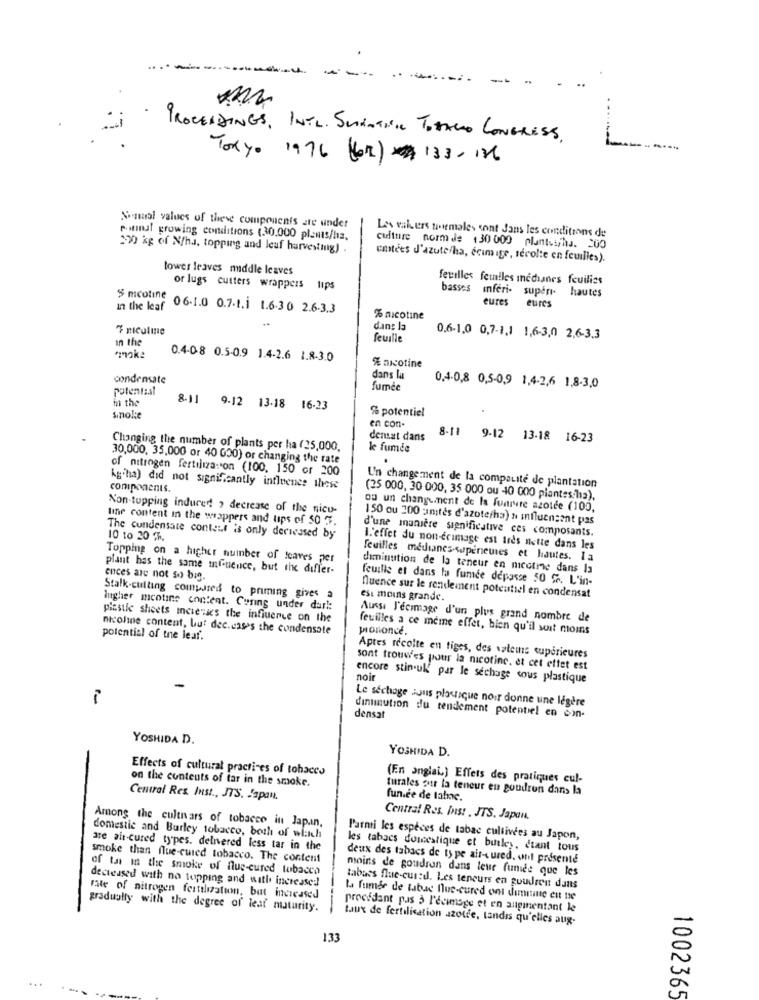
PROCEEDINGS, INTL. SLANTILL TOTALO CONGRESS.
L ..
Tokyo 1976 (02) 133- 126
Sumol values of these components are under
Les wakers normales sont Jans les conditions de
postnat growing conditions (30,000 plants/hs.
290 kg of N/ha. topping and leaf harvesting) .
cuittire norm de 130 000 plantes/ha. 200
costées J'azute/ha, écimige, récolte en feuilles).
tower leaves middle leaves
feuilles feuilles incdianes feuilles
or lugs cutters wrappers tips
basses inferi- super-
hautes
eures
in the leaf
S mcotine 06-1.0 0.7.1.i 1.6-30 2.6.3.3
eures
% nicotine
7 nicoline
dans la
in the
feuille
0.6-1,0 0,7-1,1 1,6-3,0 2,6-3,3
*mokª
0.4-08 0.5-0.9 1.4-2.6 1.8-3.0
% arcotine
condensate
dans la
potential
fumée
0,4-0,8 0,5-0,9 1,4-2,6 1,8-3,0
ha the
8-11 9-12 13-18 16-23
%% potentiel
snoke
en con-
8-11
densat dans
9-12
13-18 16-23
Changing the number of plants per ha (25,000,
le fumée
30,000, 35,000 or 40 000) or changing the rate
of nitrogen fertiliza: on (100. 150 or 200
Agtha) did not significantly influence these
components.
Un changement de la compsuite de plantation
(25 000, 30 000, 35 000 ou 40 000 piantescha).
Non-tupping indured , decrease of the nicu-
ou un changement de la fumure azotée (100,
tine content in the wrappers and tips of 50 3.
150 ou 200 :amtes d'azote/ha) N influensont pas
d'une manière significative ces composants.
10 to 20 %.
The condensate content is only derweused by
I.'effet du non-erimage est très nette dans les
Topping on a higher number of leaves per
feuilles medianes-superieuses et hautes. la
plant has the same mfuence, but the differ-
diminution de la teneur en micotre dans la
ences are not so big.
feuille et dans la fumée depasse 50 %. L'in-
Stalk-cutting compared to priming gives a
est moins grande.
fluence sur le rendement potentiel en condensat
higher mcotine content. Curing under dark:
piastle sheets icierics the influence on the
Aussi J'ecimage d'un plus grand nombre de
nicoline content, but dec. cases the condensate
prononcé.
feuilles a ce meme effet, bien qu'il soit moins
potential of the leaf.
Aptes récolte en tiges, des valems supérieures
sont trouw'es pour la nicotine, et cet effet est
noir
encore stin ull par le séchage sous plastique
i
Le séchage sous plastique noir donne une légère
densat
dinunution du rendement potentiel en con-
YOSHIDA D.
YOSHIDA D.
Effects of cultural practices of tohaces
on the contents of tar in the smoke.
(En anglais) Effets des pratiques cul-
turales aut la teneur en goudron dans la
Central Res. Inst ., IT'S. Japan.
fun.ce de labe.
Among the cultnars of tobacco in Japan,
Central Res. Ins! . JTS. Japan.
domestic and Burley tobacco, both of witch
Parmi les espèces de tabac cultivées au Japon,
are als-cured types. delnered less tar in the
les tabacs domestique et butley, étant tous
smoke than flue-cured tobacco. The content
deux des tabacs de type air-cured. ont presente
of tas in the smoke of flue-cured tobacco
moins de goudron dans leur fumide que les
decreased with no topping and with increased
tabuss flue-cured. Les teneurs en guudren dans
Fate of nitrogen fertilization, but increased
la fumée de tabac flue-cured ons dinmune en ne
gradually with the degree of leaf maturity.
procédant pas à l'écimoge et en augmentant le
taux de fertilisation azote, tandis qu'elles aug-
133
1002365